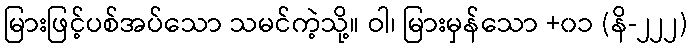
မြားဖြင့်ပစ်အပ်သော သမင်ကဲ့သို့။ ဝါ၊ မြားမှန်သော +၀၁ (နိ-၂၂၂)